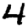
Digit: 4